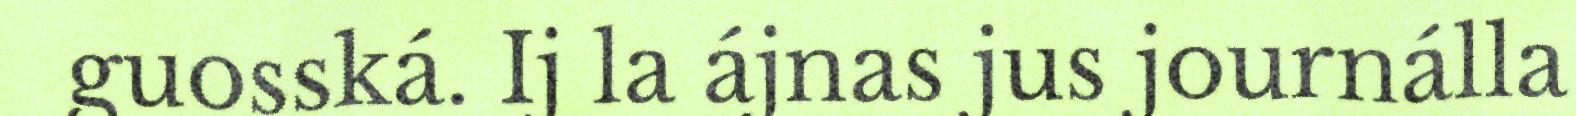
guosská. Ij la ájnas jus journálla